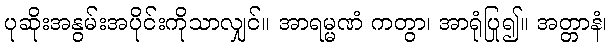
ပုဆိုးအနွမ်းအပိုင်းကိုသာလျှင်။ အာရမ္မဏံ ကတွာ၊ အာရုံပြု၍။ အတ္တာနံ၊